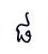
ផ